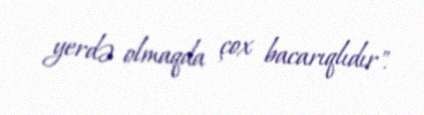
yerdə olmaqda çox bacarıqlıdır".